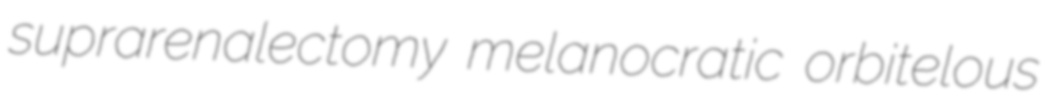
suprarenalectomy melanocratic orbitelous